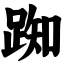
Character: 踟